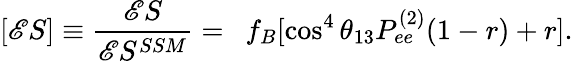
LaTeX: [\mathscr{E}S]\equiv\frac{{\mathscr{E}S}}{{\mathscr{E}S^{SSM}}}=~~f_{B}[\cos^{4}\theta_{13}P_{ee}^{(2)}(1-r)+r].